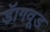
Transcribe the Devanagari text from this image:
डॅागवूड